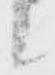
候